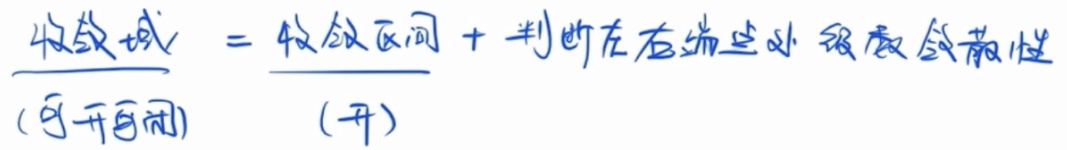
收敛域（可开可闭）\(=\)收敛区间（开） \(+\) 判断左右端点处级数敛散性